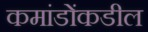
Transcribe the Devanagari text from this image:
कमांडोंकडील